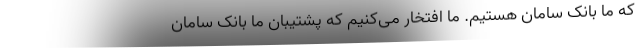
که ما بانک سامان هستیم. ما افتخار می‌کنیم که پشتیبان ما بانک سامان